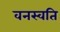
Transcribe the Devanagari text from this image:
वनस्वति